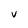
Character: V